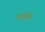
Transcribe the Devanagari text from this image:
डर्खीम